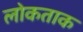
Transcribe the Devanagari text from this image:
लोकताक